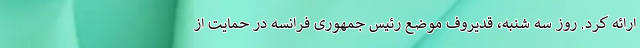
ارائه کرد. روز سه شنبه، قدیروف موضع رئیس جمهوری فرانسه در حمایت از